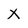
Character: X